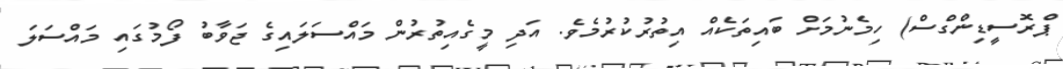
ޕްރޮސީޑިންގްސް) ހިމެނުމަށް ބައިތަކެއް އިތުރުކުރުމެވެ. އަދި މީގެއިތުރުން މައްސަލައިގެ ޖަވާބު ފޯމުގައި މައްސަލަ